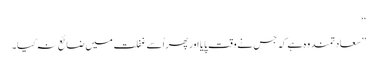
‘‘
’’سعادتمند وہ ہے کہ جس نے وقت پایا اور پھر اُسے غفلت میں ضائع نہ کیا۔